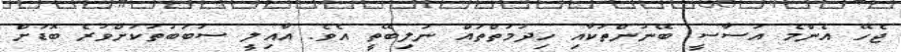
ޖެހޭ އެންމެ އަސާސީ ބޭނުންތަކާއި ހިދުމަތްތައް ނުލިބޭތީ އެވެ. އާއިލީ ސަބަބުތަކަށްވުރެ ބޮޑަށް